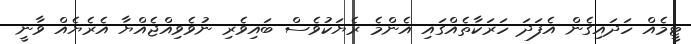
ޓީމެއް ހަދައިގެން އެފަދަ ހަރަކާތެއްގައި އެންމެ ރެޔަކުވެސް ބައިވެރި ނުވެވިއްޖެއްޔާ އެރެޔެއް ވާނީ